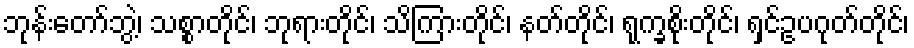
ဘုန်းတော်ဘွဲ့၊ သစ္စာတိုင်၊ ဘုရားတိုင်၊ သိကြားတိုင်၊ နတ်တိုင်၊ ရုက္ခစိုးတိုင်၊ ရှင်ဥပဂုတ်တိုင်၊